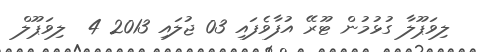
ލިވަޕޫލާ ގުޅުމުން ޓޫރޭ އުފާވެފައި 03 ޖުލައި 2013 4  ލިވަޕޫލް